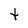
Character: t